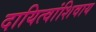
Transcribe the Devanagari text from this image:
दायित्वांशिवाय